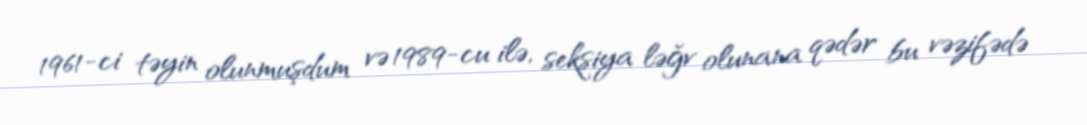
1961-ci təyin olunmuşdum və 1989-cu ilə, seksiya ləğv olunana qədər bu vəzifədə